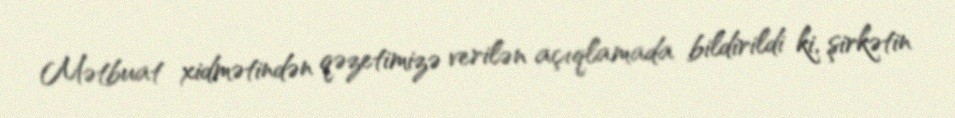
Mətbuat xidmətindən qəzetimizə verilən açıqlamada bildirildi ki, şirkətin